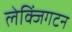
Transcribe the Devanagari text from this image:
लेक्जिंगटन